[Report on the health of British troops in the Madras command]
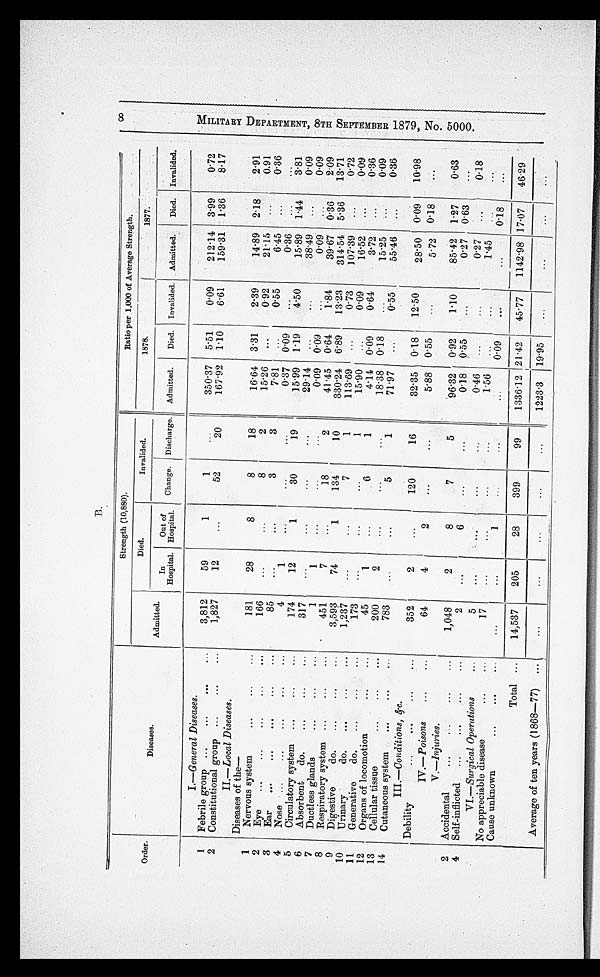
B.
Order.
Diseases.
Strength (10,880).
Ratio per 1,000 of Average Strength.
Admitted.
Died.
Invalided.
1878.
1877.
I n H o s p i t a l .
O u t o f H o s p i t a l .
Change. Discharge. Admitted.
Died. Invalided. Admitted.
Died. Invalided.
I.—General Diseases.
1
Febrile group
3,812
59
1
1
. . .
350·37
5·51
0·09
212·14 3·99
0·72
2
Constitutional group
1,827
12
...
52
20
167·92
1·10
6·61
159·31
1·36
8·17
II.—Local Diseases.
Diseases of the
—
1
Nervous system
181
28
8
8
18
16·64 3·31
2·39
14·89
2·18
2·91
2
E y e
166
...
. . .
8
2
15·26
...
0·92
21·15
...
0·91
3
Ear
85
...
. . . 3
3
7·81
. . .
0·55
6·45
. . .
0 · 3 6
4
Nose
4
1
...
...
. . . 0·37
0 · 0 9
. . . 0·36
. . .
. . .
5
Circulatory system
174
12
1
30
19
15·99
1·19
4·50
15·89
1·44
3·81
6
Absorbent do.
317
...
...
...
...
29·14
. . .
. . . 38·49
...
0·09
7
Ductless glands
1
1
. . .
. . .
...
0·09
. . .
. . . 0·09
. . .
0·09
8
Respiratory system
451
7
...
18
2
41·45
0·64
1·84
39·67
0 · 3 6 2·09
9
Digestive do.
3,593
74
1
134
10
330·24
6·89
13·23
314·54 5.36
13·71
10
Urinary do.
1,237
...
...
7
1
113·69
. . . 0·73
107·39
...
0·72
11
Generative do.
173
...
...
...
1
15·90
. . .
0·09
16·52
...
0·09
12
Organs of locomotion
45
1
...
6
1
4·14
0 · 0 9
0·64
3·72
...
0·36
13
Cellular tissue
200
2
...
...
...
18·38
0·18
...
15·25
. . . 0·09
14
Cutaneous system
783
. . . ...
5
1
71·97
...
0·55
55·46
...
0·36
III.— Conditions, &c.
Debility
352
2
...
120
16
32·35
0·18
12·50
28·50
0·09
10·98
IV.—Poisons
64
4
2
...
. . .
5·88 0·55
. . . 5·72
0·18
. . .
V.—injuries.
2
Accidental
1,048
2
8
7
5
96·32
0·92
1·10
85·42
1·27
0·63
4
Self-inflicted
2
...
6
...
...
0·18
0·55
...
0.27
0·63
...
VI.—Surgical Operations
5
...
. . . ...
...
0·46
...
...
0·27
. . . 0·18
No appreciable disease
17
...
...
...
. . .
1·56
. . .
...
1·45
. . .
...
Cause unknown
. . .
. . . 1
. . . ...
...
0 · 0 9
...
. . .
0 · 1 8
...
Total
14,537
205
28
399
99
1336·12 21·42
45·77
1142·98 17·07
46·29
Average of ten years (1868-77)
. . .
. . .
. . .
. . .
. . .
1223·3
1 9 · 9 5
...
...
. . .
...
8 M I L I T A R Y D E P A R T M E N T , 8 T H S E P T E M B E R 1 8 7 9 , N o . 5 0 0 0 .